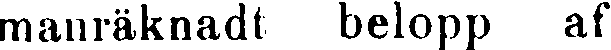
manräknadt belopp af